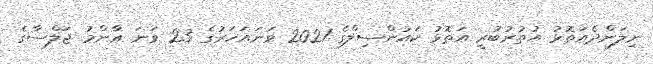
ނިލަންދެއަތޮޅު އުތުރުބުރީ އަތޮޅު ކައުންސިލްގެ 2021 ވަނައަހަރުގެ 23 ވަނަ ޢާންމު ޖަލްސާގެ